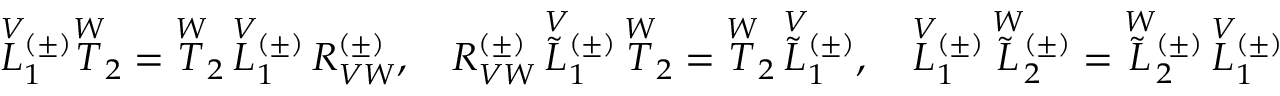
\overset { V } { L } { ^ { ( \pm ) } _ { 1 } } \overset { W } { T } _ { 2 } = \overset { W } { T } _ { 2 } \, \overset { V } { L } { ^ { ( \pm ) } _ { 1 } } \, R _ { V W } ^ { ( \pm ) } , \quad R _ { V W } ^ { ( \pm ) } \, \overset { V } { \widetilde { L } } { ^ { ( \pm ) } _ { 1 } } \, \overset { W } { T } _ { 2 } = \overset { W } { T } _ { 2 } \, \overset { V } { \widetilde { L } } { ^ { ( \pm ) } _ { 1 } } , \quad \overset { V } { L } { ^ { ( \pm ) } _ { 1 } } \, \overset { W } { \widetilde { L } } { ^ { ( \pm ) } _ { 2 } } = \overset { W } { \widetilde { L } } { ^ { ( \pm ) } _ { 2 } } \, \overset { V } { L } { ^ { ( \pm ) } _ { 1 } }